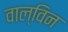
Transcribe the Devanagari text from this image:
वाल्विन